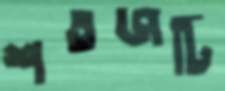
শতজটি